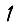
Digit: 1